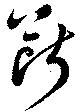
斷